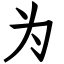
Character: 为